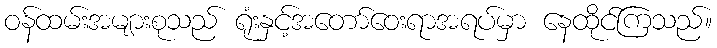
ဝန်ထမ်းအများစုသည် ရုံးနှင့်အတော်ဝေးရာအရပ်မှာ နေထိုင်ကြသည်။